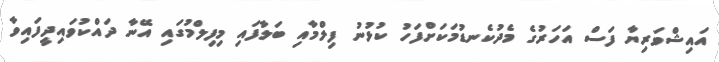
އައިޝްވަރިޔާ ފަސް އަހަރުގެ މެދުކެނޑުމަކަށްފަހު ކުޅުނު ފިލްމާއި ބަލާފައި މިފިލްމުގައި އޭނާ ދައްކުވައިދީފައިވާ